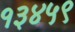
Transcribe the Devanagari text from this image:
१३४५९